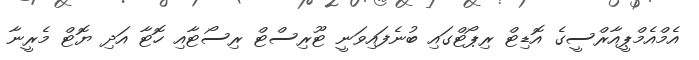
އެމްއެމްޕީއާރްސީގެ އޮޑިޓް ރިޕޯޓްގައި ބުނެފައިވަނީ ޓޫރިސްޓް ރިސޯޓާއި ހޮޓާ އަދި ޔޮޓް މެރީނާ